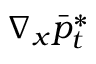
\nabla _ { x } \bar { p } _ { t } ^ { * }